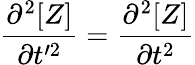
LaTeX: \frac{\partial^{2}[Z]}{\partial t^{\prime 2}}=\frac{\partial^{2}[Z]}{\partial t^{2}}